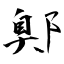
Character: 鄓